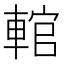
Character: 輨